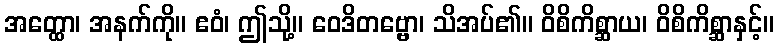
အတ္ထော၊ အနက်ကို။ ဧဝံ၊ ဤသို့။ ဝေဒိတဗ္ဗော၊ သိအပ်၏။ ဝိစိကိစ္ဆာယ၊ ဝိစိကိစ္ဆာနှင့်။